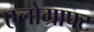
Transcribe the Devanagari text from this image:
एलोग्राफ्ट